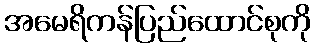
အမေရိကန်ပြည်ထောင်စုကို